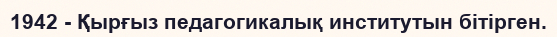
1942 - Қырғыз педагогикалық институтын бітірген.